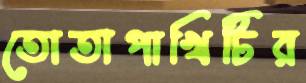
তোতাপাখিটির